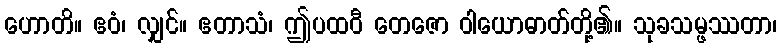
ဟောတိ။ ဧဝံ၊ လျှင်။ ဧတာသံ၊ ဤပထဝီ တေဇော ဝါယောဓာတ်တို့၏။ သုခသမ္ဖဿတာ၊